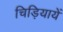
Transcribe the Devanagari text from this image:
चिड़ियायें